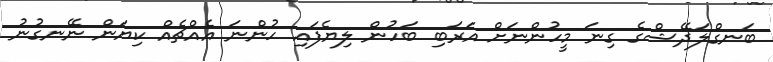
ބަނގްލަދޭޝްގެ ގިނަ މީހުންނަށް އަރަބި ބަހުން ލިޔެފައި ހުންނަ އެއްޗެއް ކިޔަން ނޭނގުނު